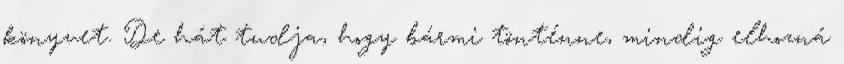
könyvet. De hát tudja, hogy bármi tönténne, mindig elhozná